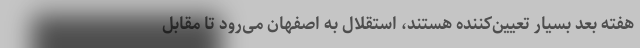
هفته بعد بسیار تعیین‌کننده هستند، استقلال به اصفهان می‌رود تا مقابل